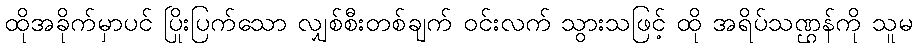
ထိုအခိုက်မှာပင် ပြိုးပြက်သော လျှစ်စီးတစ်ချက် ဝင်းလက် သွားသဖြင့် ထို အရိပ်သဏ္ဌန်ကို သူမ